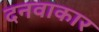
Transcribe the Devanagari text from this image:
दनवाकार